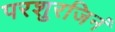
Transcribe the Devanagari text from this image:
परशुरजिनं